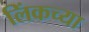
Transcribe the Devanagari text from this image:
लिंकच्या